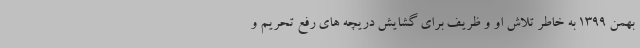
بهمن 1399 به خاطر تلاش او و ظریف برای گشایش دریچه های رفع تحریم و